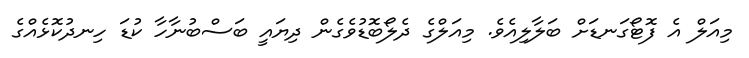
މިއަލް އެ ފޮޓޯގަނޑަށް ބަލާލިއެވެ. މިއަލްގެ ދެލޯބޮޑުވެގެން ދިޔައީ ބަސްބުނާހާ ކުޑަ ހިނދުކޮޅެއްގެ